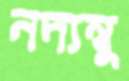
নদ্যম্বু